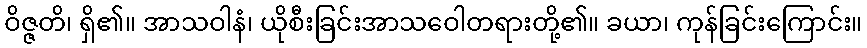
ဝိဇ္ဇတိ၊ ရှိ၏။ အာသဝါနံ၊ ယိုစီးခြင်းအာသဝေါတရားတို့၏။ ခယာ၊ ကုန်ခြင်းကြောင်း။